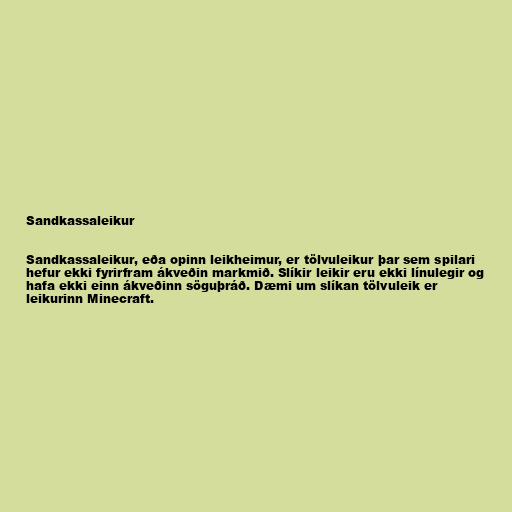
Sandkassaleikur

Sandkassaleikur, eða opinn leikheimur, er tölvuleikur þar sem spilari
hefur ekki fyrirfram ákveðin markmið. Slíkir leikir eru ekki línulegir og
hafa ekki einn ákveðinn söguþráð. Dæmi um slíkan tölvuleik er
leikurinn Minecraft.